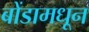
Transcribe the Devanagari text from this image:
बोंडामधून